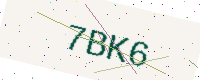
Text: 7BK6